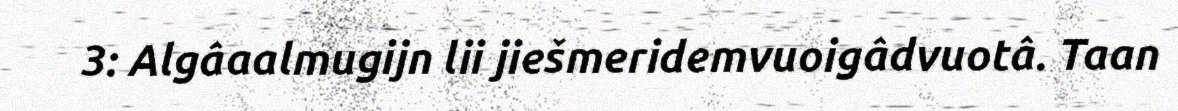
3: Algâaalmugijn lii jiešmeridemvuoigâdvuotâ. Taan